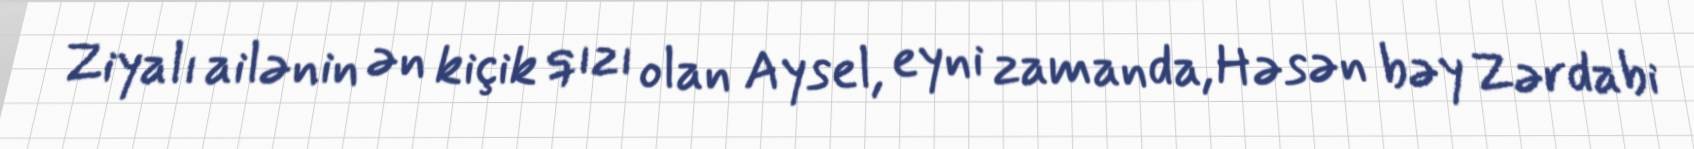
Ziyalı ailənin ən kiçik qızı olan Aysel, eyni zamanda, Həsən bəy Zərdabi